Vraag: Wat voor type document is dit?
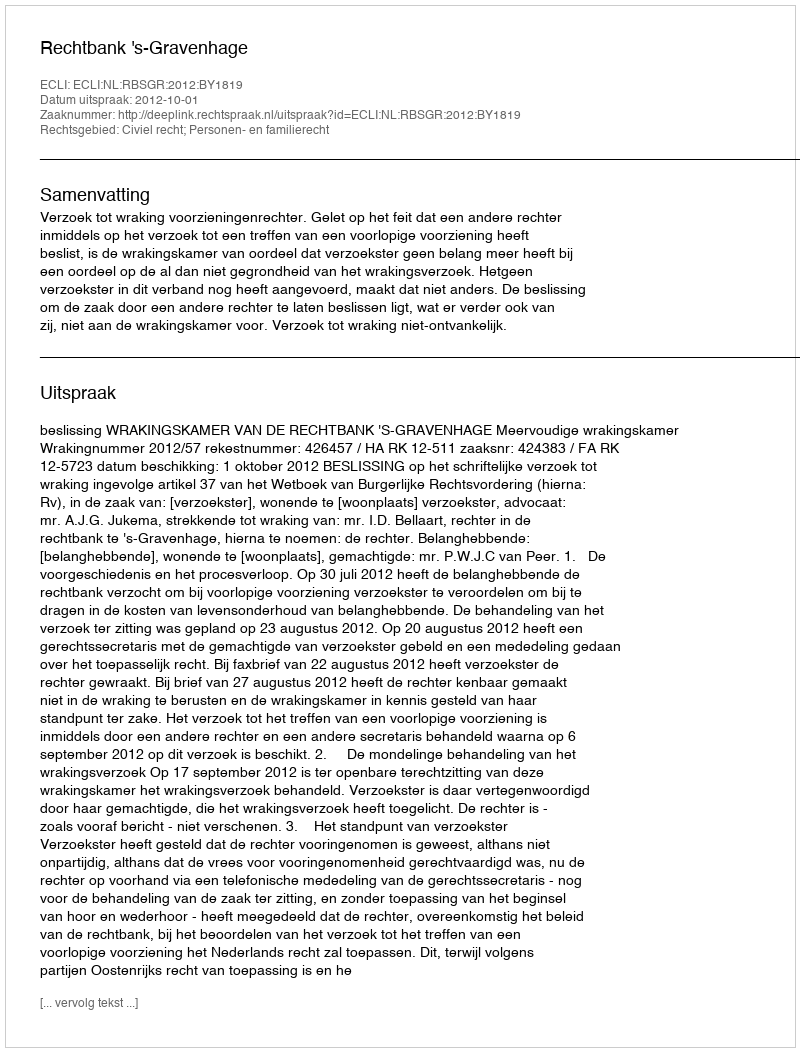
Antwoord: Uitspraak